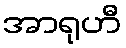
အာရုဟီ